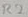
Text: R2